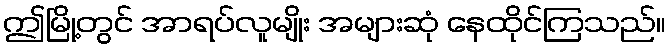
ဤမြို့တွင် အာရပ်လူမျိုး အများဆုံ နေထိုင်ကြသည်။